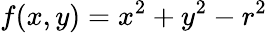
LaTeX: f(x,y)=x^{2}+y^{2}-r^{2}